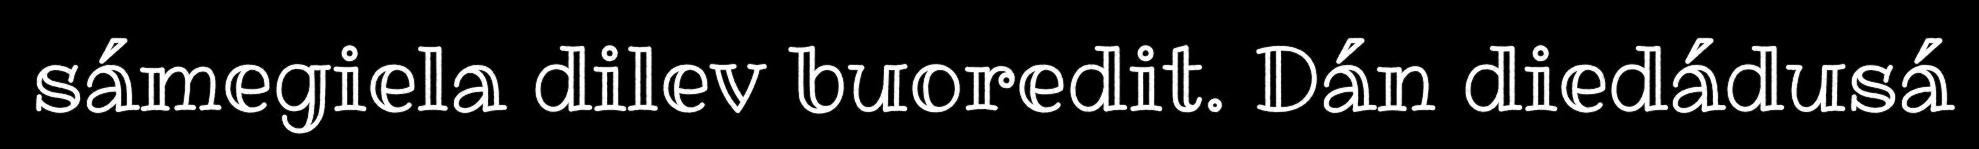
sámegiela dilev buoredit. Dán diedádusá